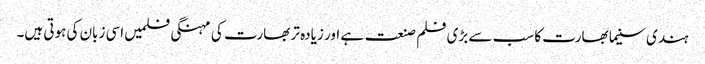
ہندی سنیما بھارت کا سب سے بڑی فلم صنعت ہے اور زیادہ تر بھارت کی مہنگی فلمیں اسی زبان کی ہوتی ہیں۔